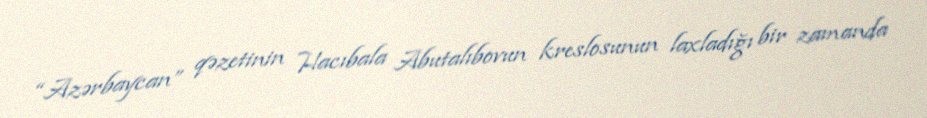
“Azərbaycan” qəzetinin Hacıbala Abutalıbovun kreslosunun laxladığı bir zamanda